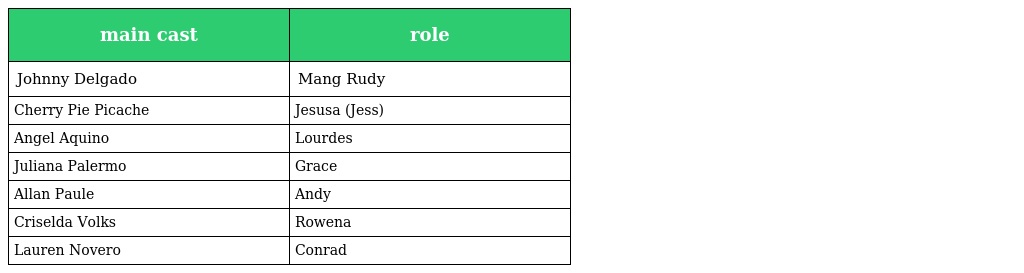
| main cast | role |
 | --- | --- |
 | Johnny Delgado | Mang Rudy |
 | Cherry Pie Picache | Jesusa (Jess) |
 | Angel Aquino | Lourdes |
 | Juliana Palermo | Grace |
 | Allan Paule | Andy |
 | Criselda Volks | Rowena |
 | Lauren Novero | Conrad |